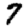
Digit: 7